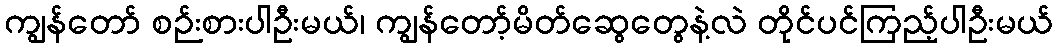
ကျွန်တော် စဉ်းစားပါဦးမယ်၊ ကျွန်တော့်မိတ်ဆွေတွေနဲ့လဲ တိုင်ပင်ကြည့်ပါဦးမယ်